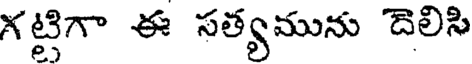
గట్టిగా ఈ సత్యమును దెలిసి